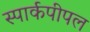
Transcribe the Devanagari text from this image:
स्पार्कपीपल